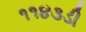
૧૧૪૩ડી